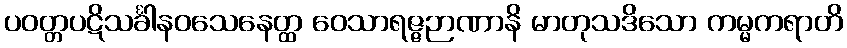
ပဝတ္တပဋိသင်္ခါနဝသေနေတ္ထ ဝေသာရဇ္ဇဉာဏာနိ မာတုသဒိသော ကမ္မကရာတိ